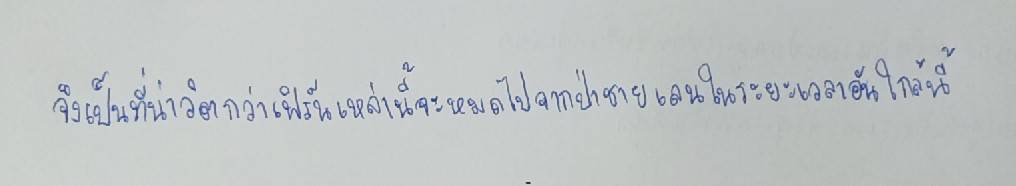
จึงเป็นที่น่าวิตกว่าเฟิร์นเหล่านี้จะหมดไปจากป่าชายเลนในระยะเวลาอันใกล้นี้